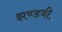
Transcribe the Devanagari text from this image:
झण्डवी